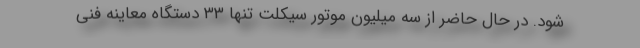
شود. در حال حاضر از سه میلیون موتور سیکلت تنها ۳۳ دستگاه معاینه فنی